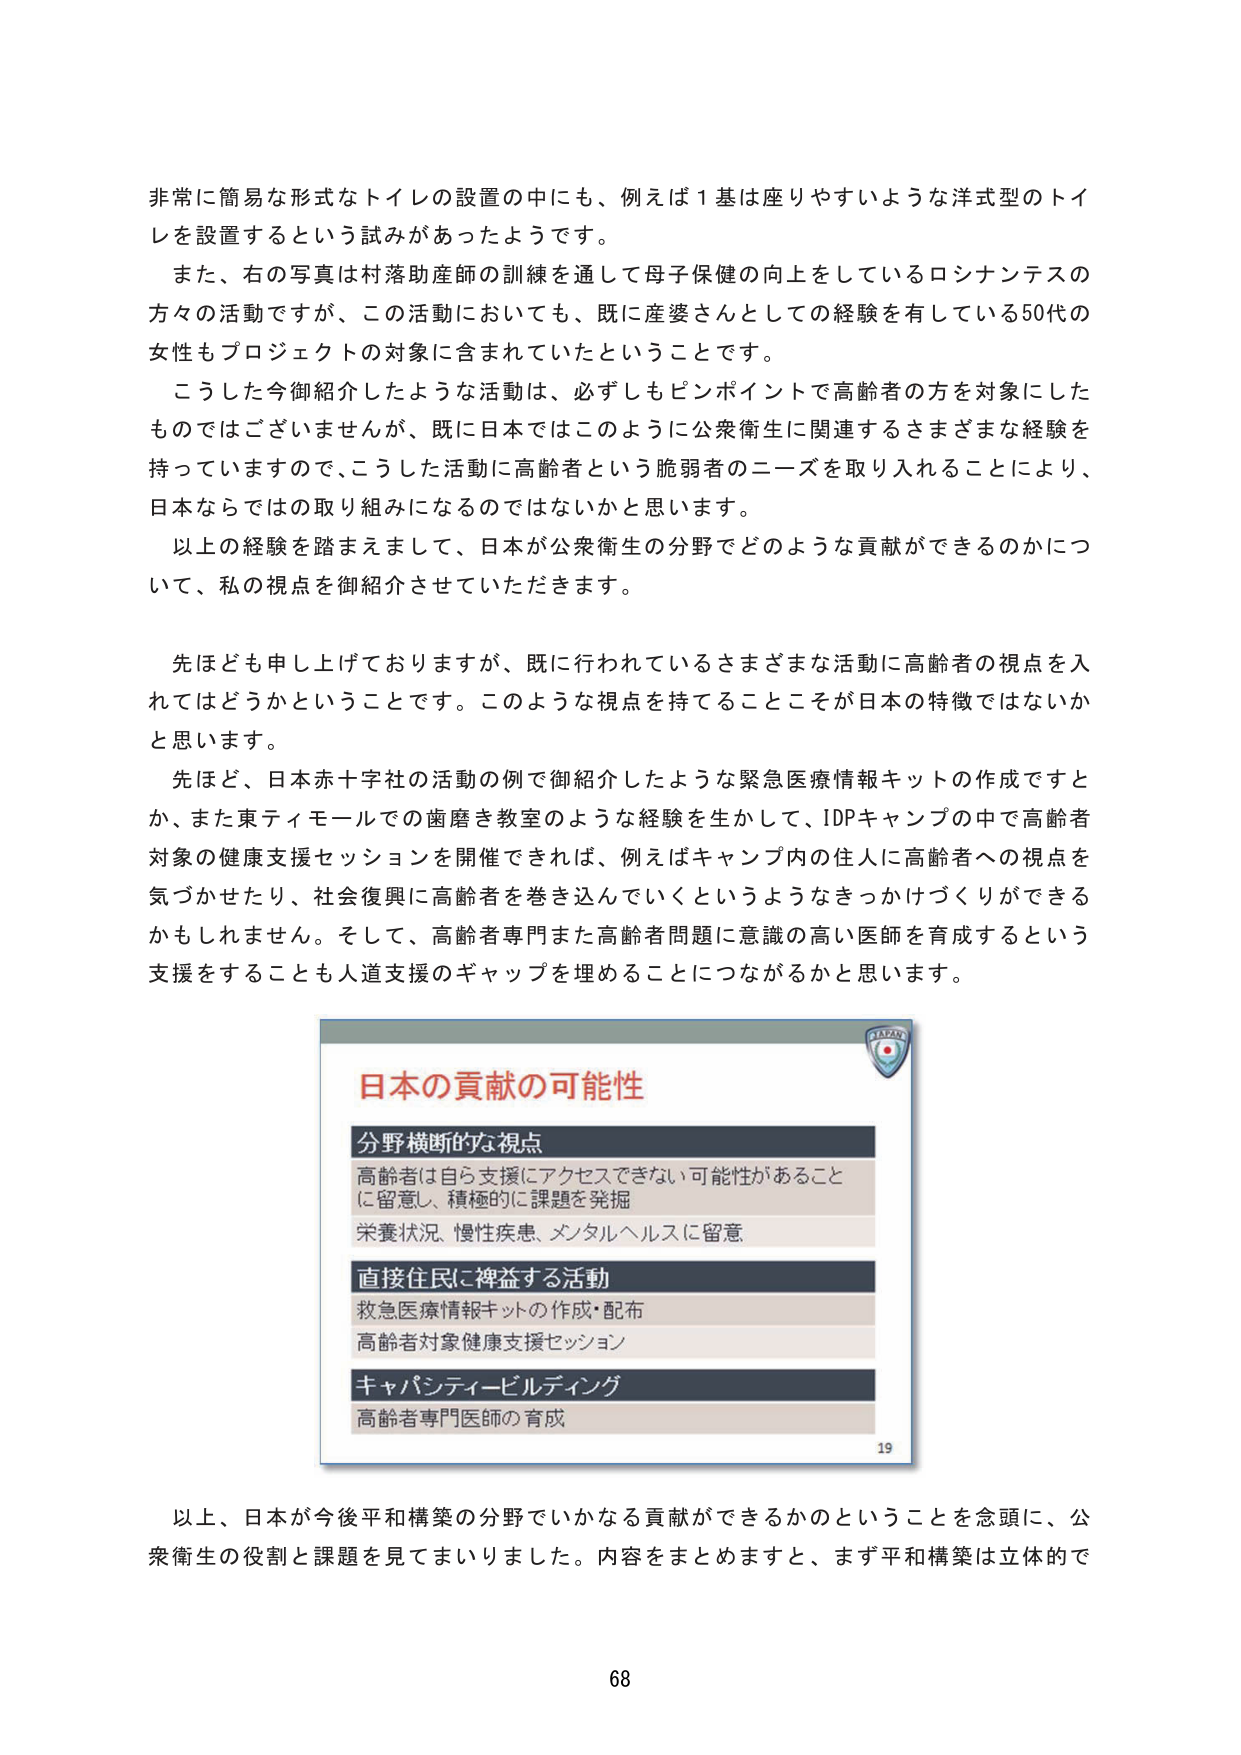
非常に簡易な形式なトイレの設置の中にも、例えば1基は座りやすいような洋式型のトイレを設置するという試みがあったようです。

また、右の写真は村落助産師の訓練を通して母子保健の向上をしているロシナンテスの方々の活動ですが、この活動においても、既に産婆さんとしての経験を有している50代の女性もプロジェクトの対象に含まれていたということです。

こうした今御紹介したような活動は、必ずしもピンポイントで高齢者の方を対象にしたものではございませんが、既に日本ではこのように公衆衛生に関連するさまざまな経験を持っていますので、こうした活動に高齢者という脆弱者のニーズを取り入れることにより、日本ならではの取り組みになるのではないかと思います。

以上の経験を踏まえまして、日本が公衆衛生の分野でどのような貢献ができるのかについて、私の視点を御紹介させていただきます。

先ほども申し上げておりますが、既に行われているさまざまな活動に高齢者の視点を入れてはどうかということです。このような視点を持てることこそが日本の特徴ではないかと思います。

先ほど、日本赤十字社の活動の例で御紹介したような緊急医療情報キットの作成ですとか、また東ティモールでの歯磨き教室のような経験を生かして、IDPキャンプの中で高齢者対象の健康支援セッションを開催できれば、例えばキャンプ内の住人に高齢者への視点を気づかせたり、社会復興に高齢者を巻き込んでいくというようなきっかけづくりができるかもしれません。そして、高齢者専門また高齢者問題に意識の高い医師を育成するという支援をすることも人道支援のギャップを埋めることにつながるかと思います。

日本の貢献の可能性

分野横断的な視点
高齢者は自ら支援にアクセスできない可能性があることに留意し、積極的に課題を発掘
栄養状況、慢性疾患、メンタルヘルスに留意

直接住民に裨益する活動
救急医療情報キットの作成・配布
高齢者対象健康支援セッション

キャパシティービルディング
高齢者専門医師の育成

19

以上、日本が今後平和構築の分野でいかなる貢献ができるかということを念頭に、公衆衛生の役割と課題を見てまいりました。内容をまとめますと、まず平和構築は立体的で

68